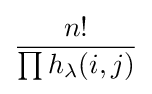
{\frac {n!}{\prod h_{\lambda }(i,j)}}